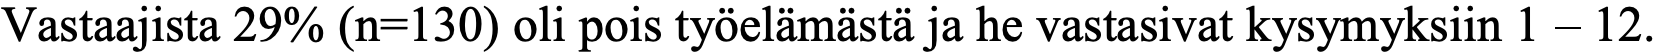
Vastaajista 29% (n=130) oli pois työelämästä ja he vastasivat kysymyksiin 1 – 12.